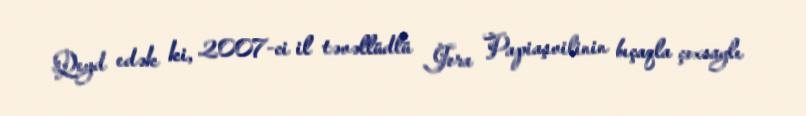
Qeyd edək ki, 2007-ci il təvəllüdlü Jora Papiaşvilinin bıçaqla çoxsaylı